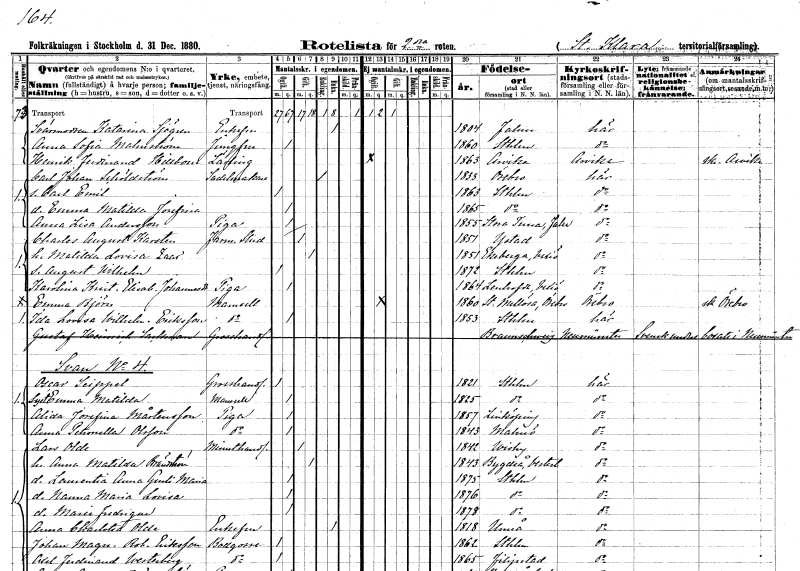
gt_parse: households: individuals: FN: Katarina
EN: Sjögren
KON: K
CIV: E
FODAR: 1804
FODFORS: Falun Kopparbergs län
FN: Anna Sofia
EN: Malmström
YRKE: Jungfru
KON: K
CIV: O
FODAR: 1860
FODFORS: Stockholm
FN: Henrik Ferdinand
EN: Hillbom
YRKE: Lärling
KON: M
CIV: O
FODAR: 1863
FODFORS: Arvika Värmlands län
FN: Carl Johan
EN: Schöldström
YRKE: Sadelmakare
KON: M
CIV: E
FODAR: 1833
FODFORS: Örebro Örebro län
FN: Carl Emil
KON: M
CIV: O
FODAR: 1863
FODFORS: Stockholm
FN: Emma Matilda Josefina
KON: K
CIV: O
FODAR: 1865
FODFORS: Stockholm
FN: Anna Lisa
EN: Andersson
YRKE: Piga
KON: K
CIV: O
FODAR: 1855
FODFORS: Stora Tuna Kopparbergs län
FN: Charles August
EN: Karsten
YRKE: Farm. student
KON: M
CIV: G
FODAR: 1851
FODFORS: Ystad Malmöhus län
FN: Matilda Lovisa
EN: Zaar
KON: K
CIV: G
FODAR: 1851
FODFORS: Ekeberga Kronobergs län
FN: August Wilhelm
KON: M
CIV: O
FODAR: 1872
FODFORS: Stockholm
FN: Karolina Kristina Elisabet
EN: Johannesdotter
YRKE: Piga
KON: K
CIV: O
FODAR: 1864
FODFORS: Lenhovda Kronobergs län
FN: Emma
EN: Björn
KON: K
CIV: O
FODAR: 1860
FODFORS: Stora Mellösa Örebro län
FN: Ida Lovisa Wilhelmina
EN: Eriksson
KON: K
CIV: O
FODAR: 1853
FODFORS: Stockholm
FN: Gustaf Heinrich
EN: Sachman
YRKE: Grosshandlare
KON: M
CIV: U
FODAR: ????
FN: Oscar
EN: Seippel
YRKE: Grosshandlare
KON: M
CIV: O
FODAR: 1821
FODFORS: Stockholm
FN: Emma Matilda
KON: K
CIV: O
FODAR: 1825
FODFORS: Stockholm
FN: Alida Josefina
EN: Mårtensson
YRKE: Piga
KON: K
CIV: O
FODAR: 1857
FODFORS: Linköping Östergötlands län
FN: Anna Petronella
EN: Olsson
YRKE: Piga
KON: K
CIV: O
FODAR: 1843
FODFORS: Malmö Malmöhus län